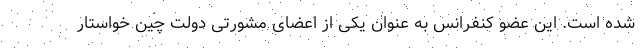
شده است. این عضو کنفرانس به عنوان یکی از اعضای مشورتی دولت چین خواستار